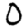
Digit: 0